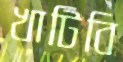
খাটিবি